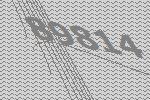
89814